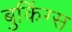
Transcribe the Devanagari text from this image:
बुकिंग्स